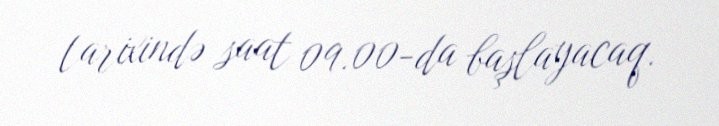
tarixində saat 09.00-da başlayacaq.